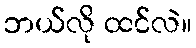
ဘယ်လို ထင်လဲ။